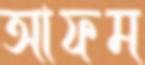
আফম